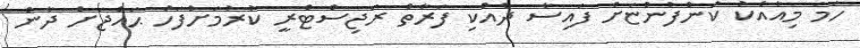
ހަމަ މިއާއެކު ކުންފުންޏަށް ފައިސާ ދެއްކި ފަރާތް ރަޖިސްޓްރީ ކުރުމަށްފަހު ޙައްޖަށް ދާން